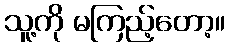
သူ့ကို မကြည့်တော့။